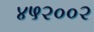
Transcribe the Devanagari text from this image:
४५२००२